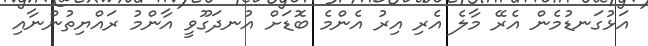
އަޅުގަނޑުމެން އެރޭ މާލެ އެރި އިރު އެންމެ ބޮޑަށް އުނދަގޫވީ އާންމު ރައްޔިތުންނާއި